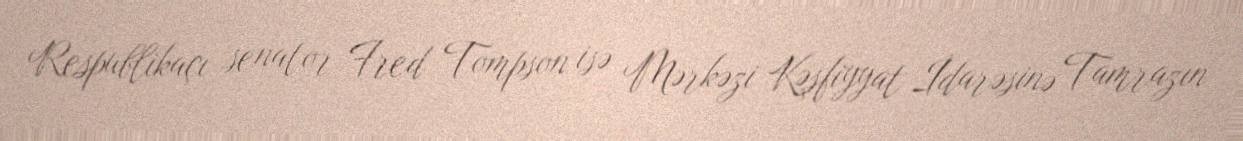
Respublikaçı senator Fred Tompson isə Mərkəzi Kəşfiyyat İdarəsinə Tamrazın